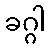
ခဂ္ဂါ